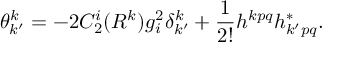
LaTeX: \theta _ { k ^ { \prime } } ^ { k } = - 2 C _ { 2 } ^ { i } ( R ^ { k } ) g _ { i } ^ { 2 } \delta _ { k ^ { \prime } } ^ { k } + \frac { 1 } { 2 ! } h ^ { k p q } h _ { k ^ { \prime } p q } ^ { \ast } .